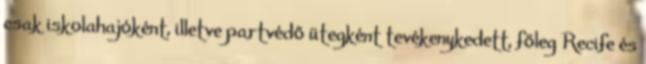
csak iskolahajóként, illetve partvédő ütegként tevékenykedett, főleg Recife és